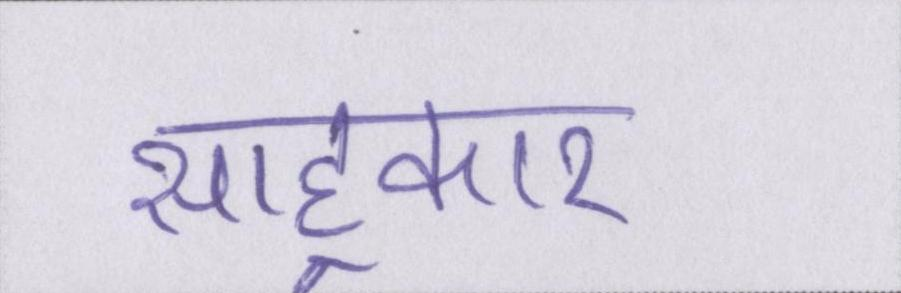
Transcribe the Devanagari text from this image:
साहूकार